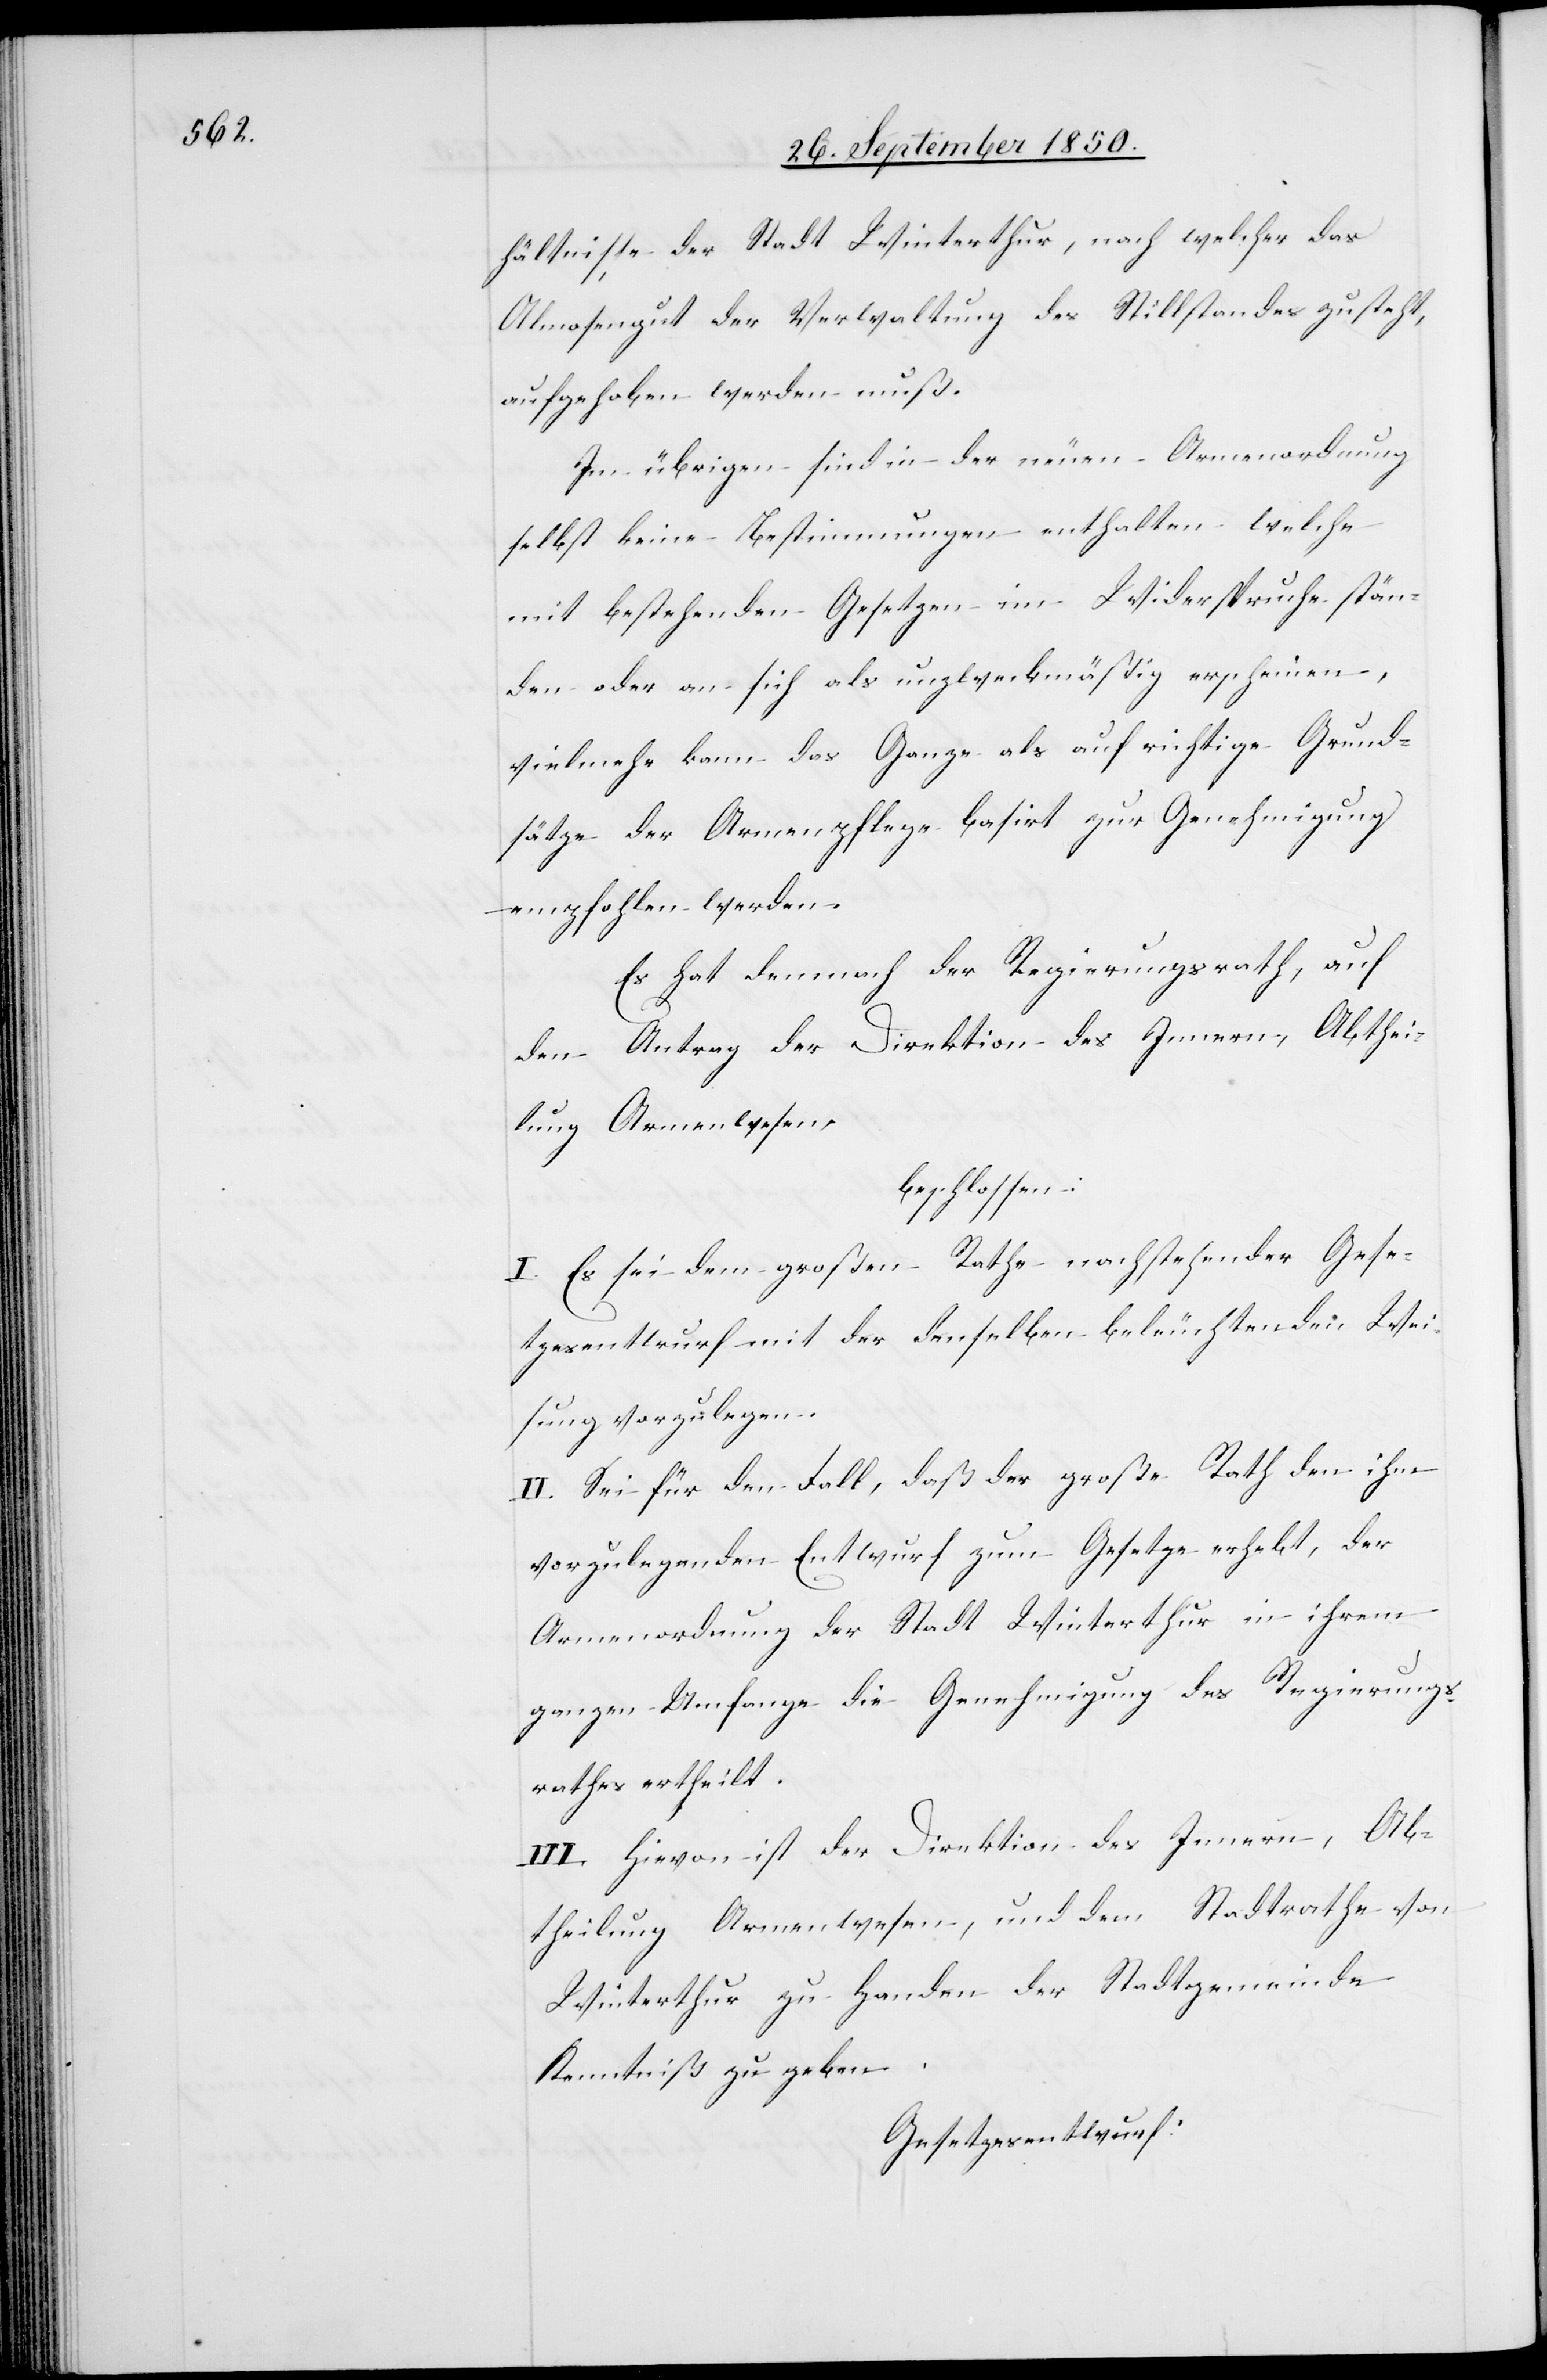
hältnisse der Stadt Winterthur, nach welcher das
Almosengut der Verwaltung des Stillstandes zusteht,
aufgehoben werden muß.
Im übrigen sind in der neuen Armenordnung
selbst keine Bestimmungen enthalten welche
mit bestehenden Gesetzen im Widerspruche stän¬
den oder an sich als unzweckmäßig erscheinen,
vielmehr kann das Ganze als auf richtige Grund¬
sätze der Armenpflege basirt zur Genehmigung
empfohlen werden.
Es hat demnach der Regierungsrath, auf
den Antrag der Direktion des Innern, Abthei¬
lung Armenwesen,
beschlossen:
I. Es sei dem großen Rathe nachstehender Gese¬
tzesentwurf mit der denselben beleuchtenden Wei¬
sung vorzulegen.
II. Sei für den Fall, daß der große Rath den ihm
vorzulegenden Entwurf zum Gesetze erhebt, der
Armenordnung der Stadt Winterthur in ihrem
ganzen Umfange die Genehmigung des Regierungs¬
rathes ertheilt.
III. Hievon ist der Direktion des Innern, Ab¬
theilung Armenwesen, und dem Stadtrathe von
Winterthur zu Handen der Stadtgemeinde
Kenntniß zu geben.
Gesetzesentwurf.